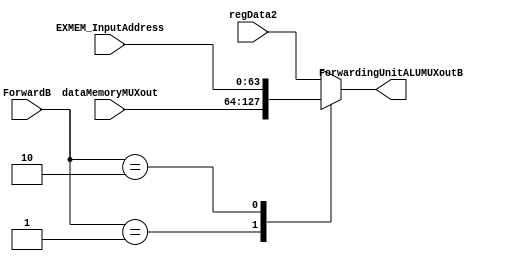
// This program was cloned from: https://github.com/ronitrex/ARMLEG
// License: GNU General Public License v3.0

module ForwardingUnitALUMuxB
(
	input [63:0] regData2,
	input [63:0] dataMemoryMUXout,
	input [63:0] EXMEM_InputAddress,
	input [1:0] ForwardB,
	output reg [63:0] ForwardingUnitALUMUXoutB
);

	always @(*) case (ForwardB)
		2'b00: ForwardingUnitALUMUXoutB = regData2;
		2'b01: ForwardingUnitALUMUXoutB = dataMemoryMUXout;
		2'b10: ForwardingUnitALUMUXoutB = EXMEM_InputAddress;
		default: ForwardingUnitALUMUXoutB = regData2;
	endcase
endmodule